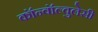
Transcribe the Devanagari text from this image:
कॉन्वॉल्वुलेसी